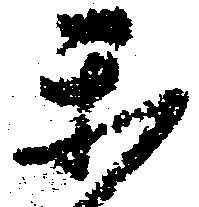
楽